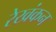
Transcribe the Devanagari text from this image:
रेखंकन